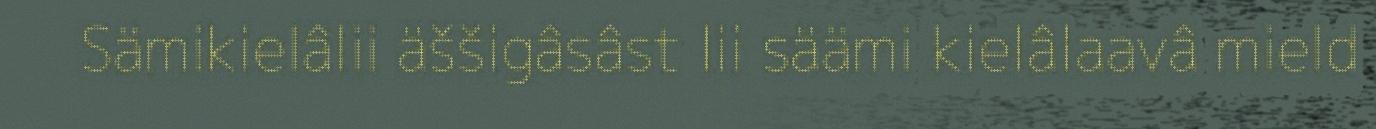
Sämikielâlii äššigâsâst lii säämi kielâlaavâ mield